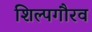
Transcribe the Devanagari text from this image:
शिल्पगौरव